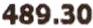
489.30